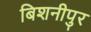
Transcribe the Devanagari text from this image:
बिशनीपुर